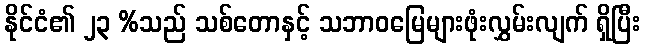
နိုင်ငံ၏ ၂၃ %သည် သစ်တောနှင့် သဘာဝမြေများဖုံးလွှမ်းလျက် ရှိပြီး